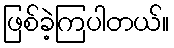
ဖြစ်ခဲ့ကြပါတယ်။